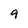
Character: 9